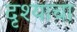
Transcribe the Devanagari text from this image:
दृश्याचा